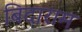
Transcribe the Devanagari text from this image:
बिदाराम